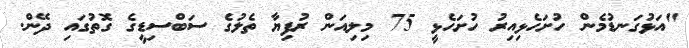
"އަޅުގަނޑުމެން ހުށަހެޅިއިރު ހުށަހެޅީ 75 މިލިއަން ރުފިޔާ ތެލުގެ ސަބްސިޑީގެ ގޮތުގައި ދޭން.